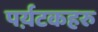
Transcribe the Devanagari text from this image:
पर्य़टकहरु